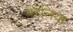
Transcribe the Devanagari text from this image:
पहेलिया